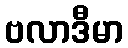
ဗလာဒီမာ